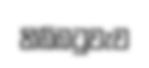
තිබ්බටුවැව